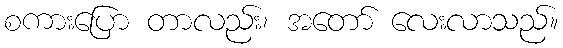
စကားပြော တာလည်း၊ အတော် လေးလာသည်။